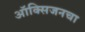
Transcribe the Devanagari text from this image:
ऑक्‍सिजनचा